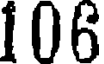
106